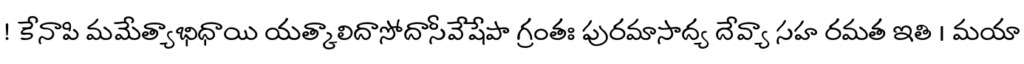
! కేనాపి మమేత్యాభిధాయి యత్కాలిదాసోదాసీవేషేపా గ్రంతః పురమాసాద్య దేవ్యా సహ రమత ఇతి । మయా